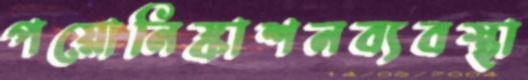
পয়োনিষ্কাশনব্যবস্থা